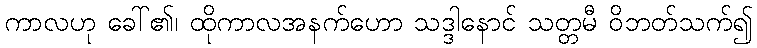
ကာလဟု ခေါ်၏၊ ထိုကာလအနက်ဟော သဒ္ဒါနောင် သတ္တမီ ဝိဘတ်သက်၍